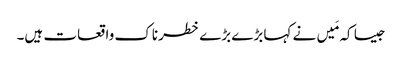
جیسا کہ مَیں نے کہا بڑے بڑے خطرناک واقعات ہیں۔